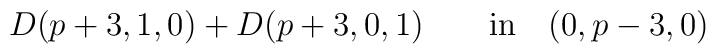
D(p+3, 1,0)+ D(p+3,0,1)\qquad\hbox{in}\quad(0,p-3,0)